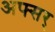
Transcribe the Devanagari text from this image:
अफ्सर्